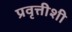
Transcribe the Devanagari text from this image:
प्रवृत्तीशी